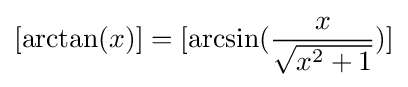
[\arctan(x)]=[\arcsin({\frac {x}{\sqrt {x^{2}+1}}})]